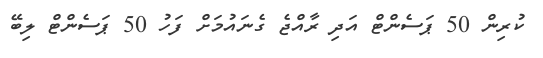
ކުރިން 50 ޕަސެންޓް އަދި ރާއްޖެ ގެނައުމަށް ފަހު 50 ޕަސެންޓް ލިބޭ